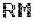
RM